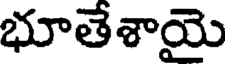
భూతేశాయై